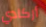
أركادي